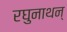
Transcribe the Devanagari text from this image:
रघुनाथन्